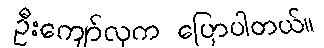
ဦးကျော်လှက ပြောပါတယ်။